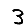
Digit: 3